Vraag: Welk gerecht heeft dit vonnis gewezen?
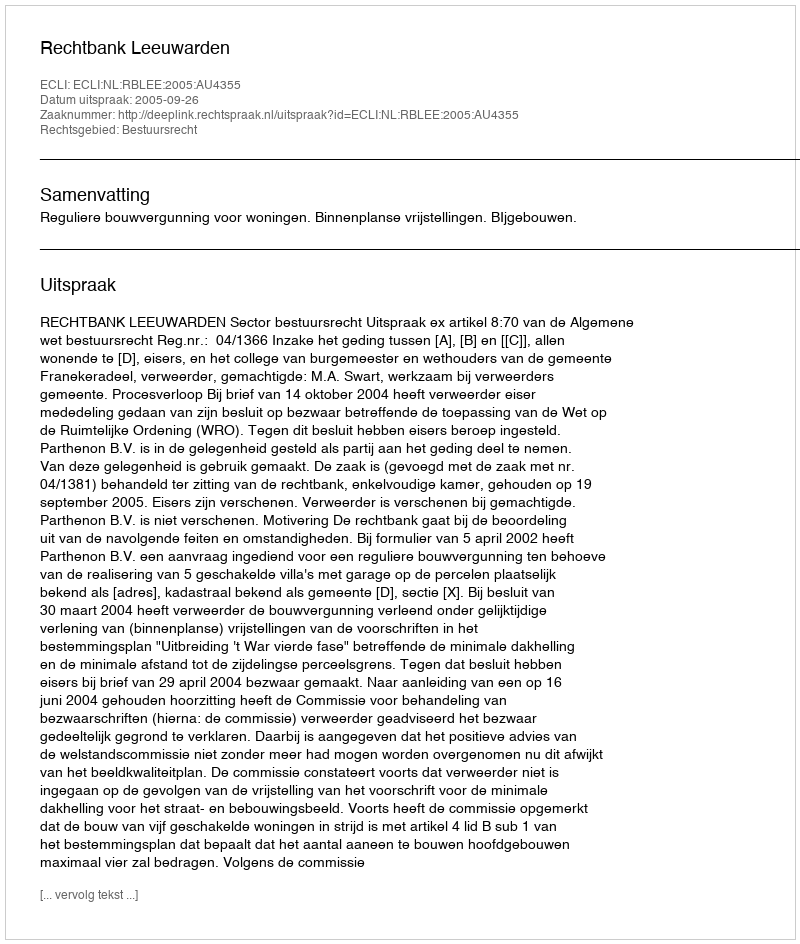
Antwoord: Rechtbank Leeuwarden